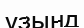
ұзынд